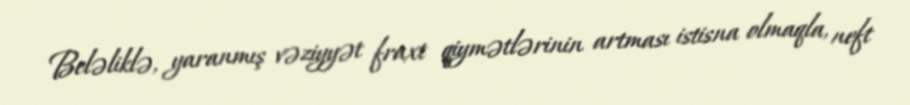
Beləliklə, yaranmış vəziyyət fraxt qiymətlərinin artması istisna olmaqla, neft